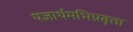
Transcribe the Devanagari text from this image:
यज्ञार्थमभिप्रवृत्ता